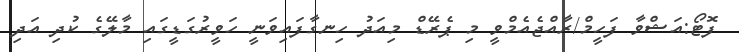
ފޮޓޯ:އަޝްވާ ފަހީމް/ރާއްޖެއެމްވީ މި ޕެރޭޑް މިއަދު ހިނގާފައިވަނީ ހަވީރުގަޑީގައި މާލޭގެ ކުދި އަދި